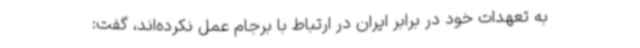
به تعهدات خود در برابر ایران در ارتباط با برجام عمل نکرده‌اند، گفت: